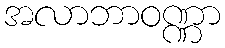
အလာဘာဝဏ္ဏာ